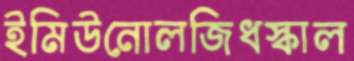
ইমিউনোলজিধস্‌কাল